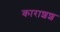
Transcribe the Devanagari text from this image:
काराशश